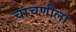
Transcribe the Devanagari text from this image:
चाचणीला